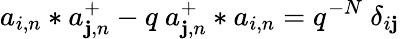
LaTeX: a_{i,n}*a_{\mathbf{j},n}^{+}-q\ a_{\mathbf{j},n}^{+}*a_{i,n}=q^{-N}\ \delta_{i\mathbf{j}}